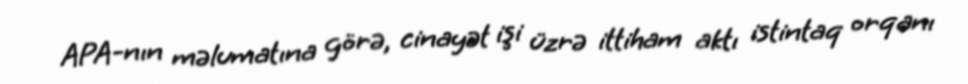
APA-nın məlumatına görə, cinayət işi üzrə ittiham aktı istintaq orqanı